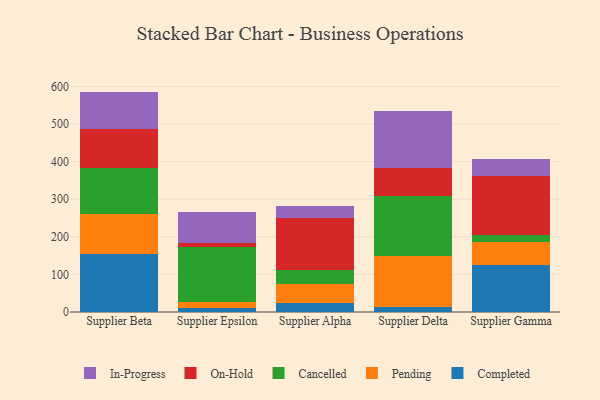
{"axis": {"x": "Supplier", "y": "Inventory Turnover"}, "legend": ["Cancelled", "Completed", "In-Progress", "On-Hold", "Pending"], "data": [{"x": "Supplier Beta", "y": 153.9, "type": "Completed"}, {"x": "Supplier Beta", "y": 107.8, "type": "Pending"}, {"x": "Supplier Beta", "y": 121.7, "type": "Cancelled"}, {"x": "Supplier Beta", "y": 103.3, "type": "On-Hold"}, {"x": "Supplier Beta", "y": 99.6, "type": "In-Progress"}, {"x": "Supplier Epsilon", "y": 11.4, "type": "Completed"}, {"x": "Supplier Epsilon", "y": 15.2, "type": "Pending"}, {"x": "Supplier Epsilon", "y": 146.2, "type": "Cancelled"}, {"x": "Supplier Epsilon", "y": 10.0, "type": "On-Hold"}, {"x": "Supplier Epsilon", "y": 84.0, "type": "In-Progress"}, {"x": "Supplier Alpha", "y": 24.7, "type": "Completed"}, {"x": "Supplier Alpha", "y": 50.2, "type": "Pending"}, {"x": "Supplier Alpha", "y": 36.2, "type": "Cancelled"}, {"x": "Supplier Alpha", "y": 139.3, "type": "On-Hold"}, {"x": "Supplier Alpha", "y": 31.4, "type": "In-Progress"}, {"x": "Supplier Delta", "y": 13.7, "type": "Completed"}, {"x": "Supplier Delta", "y": 136.2, "type": "Pending"}, {"x": "Supplier Delta", "y": 158.1, "type": "Cancelled"}, {"x": "Supplier Delta", "y": 75.9, "type": "On-Hold"}, {"x": "Supplier Delta", "y": 150.7, "type": "In-Progress"}, {"x": "Supplier Gamma", "y": 125.4, "type": "Completed"}, {"x": "Supplier Gamma", "y": 59.9, "type": "Pending"}, {"x": "Supplier Gamma", "y": 20.6, "type": "Cancelled"}, {"x": "Supplier Gamma", "y": 156.3, "type": "On-Hold"}, {"x": "Supplier Gamma", "y": 43.9, "type": "In-Progress"}]}